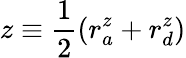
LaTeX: z\equiv\frac{1}{2}(r_{a}^{z}+r_{d}^{z})